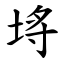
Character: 埓